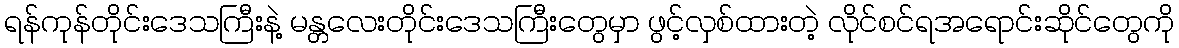
ရန်ကုန်တိုင်းဒေသကြီးနဲ့ မန္တလေးတိုင်းဒေသကြီးတွေမှာ ဖွင့်လှစ်ထားတဲ့ လိုင်စင်ရအရောင်းဆိုင်တွေကို